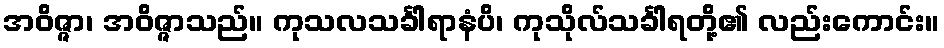
အဝိဇ္ဇာ၊ အဝိဇ္ဇာသည်။ ကုသလသင်္ခါရာနံပိ၊ ကုသိုလ်သင်္ခါရတို့၏ လည်းကောင်း။